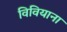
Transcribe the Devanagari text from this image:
विवियाना